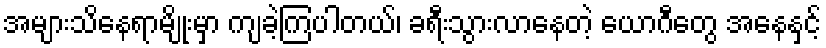
အများသိနေရာမျိုးမှာ ကျခဲ့ကြပါတယ်၊ ခရီးသွားလာနေတဲ့ ယောဂီတွေ အနေနှင့်